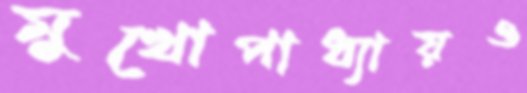
মুখোপাধ্যায়ও